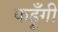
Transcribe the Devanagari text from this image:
कहूँगी